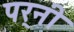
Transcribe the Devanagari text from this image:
पर्‍नी